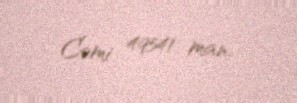
Cəmi 49541 man.